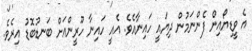
އެ ވީޑިޔޯއިން ފެންނަމުން ދިޔައީ ހައިނާއެވެ. އެއީ ހައިނާ ހޫރީންއަށް ބަނޑުބޮޑު އިރެވެ.